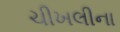
ચીખલીના